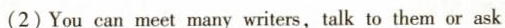
(2)You can meet many writers,talk to them or ask